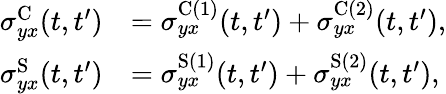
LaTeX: \begin{array}{rl}{\sigma_{yx}^{\textrm{C}}(t,t^{\prime})}&{=\sigma_{yx}^{\textrm{C}(1)}(t,t^{\prime})+\sigma_{yx}^{\textrm{C}(2)}(t,t^{\prime}),}\\ {\sigma_{yx}^{\textrm{S}}(t,t^{\prime})}&{=\sigma_{yx}^{\textrm{S}(1)}(t,t^{\prime})+\sigma_{yx}^{\textrm{S}(2)}(t,t^{\prime}),}\end{array}